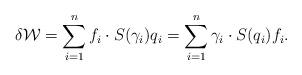
LaTeX: \begin{align*}\delta \mathcal{W} = \sum_{i=1}^n f_i\cdot S(\gamma_i)q_i = \sum_{i=1}^n \gamma_i\cdot S(q_i)f_i.\end{align*}